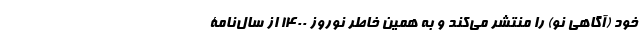
خود (آگاهی نو) را منتشر می‌کند و به همین خاطر نوروز 1400 از سال‌نامۀ